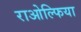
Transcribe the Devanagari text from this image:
राओल्फिया